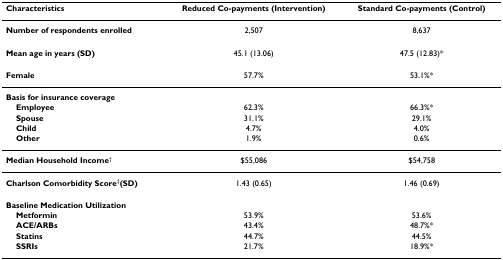
| Characteristics | Reduced Co-payments (Intervention) | Standard Co-payments (Control) |
 | --- | --- | --- |
 | Number of respondents enrolled | 2,507 | 8,637 |
 | Mean age in years (SD) | 45.1 (13.06) | 47.5 (12.83)* |
 | Female | 57.7% | 53.1%* |
 | Basis for insurance coverage |  |  |
 | Employee | 62.3% | 66.3%* |
 | Spouse | 31.1% | 29.1% |
 | Child | 4.7% | 4.0% |
 | Other | 1.9% | 0.6% |
 | Median Household Income† | $55,086 | $54,758 |
 | Charlson Comorbidity Score‡(SD) | 1.43 (0.65) | 1.46 (0.69) |
 | Baseline Medication Utilization |  |  |
 | Metformin | 53.9% | 53.6% |
 | ACE/ARBs | 43.4% | 48.7%* |
 | Statins | 44.7% | 44.5% |
 | SSRIs | 21.7% | 18.9%* |